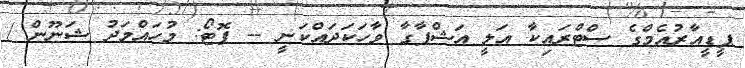
ޕީޑީއާރުއެމްގެ ސްޓްރައިކާ އަލީ އަޝްފާގާ ވާހަކަދައްކަނީ -- ފޮޓޯ: މުހައްމަދު ޝަނޫން /